Lunatic asylums in Bengal annual reports 1888-1898 - 1888-1898
Year: 1888
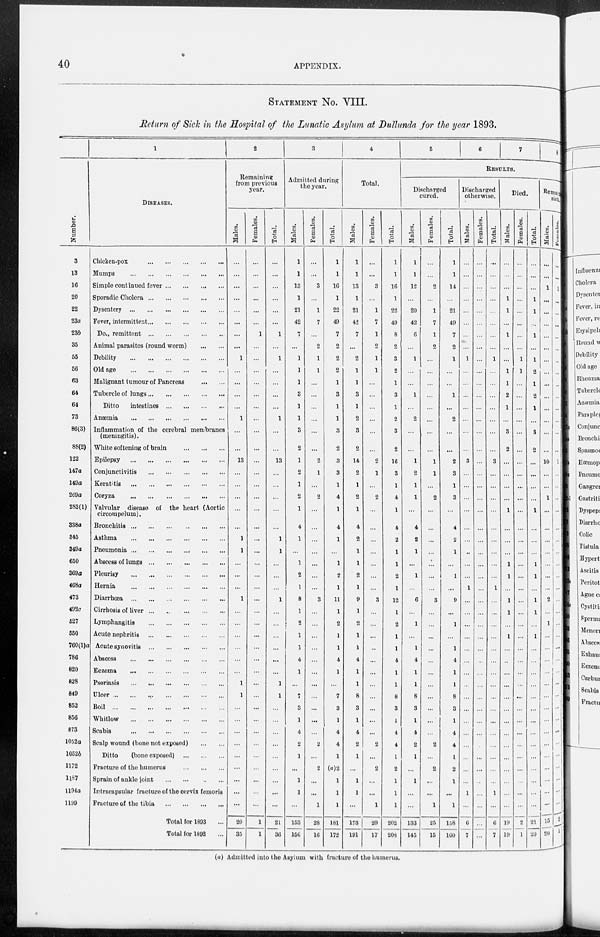
40
APPENDIX.
STATEMENT No. VIII.
Return of Sick in the Hospital of the Lunatic Asylum at Dullunda for the year 1893.
Number.
3
13
16
20
22
23a
23b
35
55
56
63
64
61
73
86(3)
88(2)
122
147a
149a
269a
283(1)
338a
845
349a
650
369a
468a
473
492c
527
550
760(l)a
786
820
828
849
852
856
873
1052a
1052b
1172
1187
1194a
1199
1
DISEASES.
Chicken-pox
...
...
...
...
...
Mumps
...
...
...
...
...
...
Simple continued fever ... ... ... ...
Sporadic Cholera
...
...
...
...
...
Dysentery
...
...
...
...
...
...
Fever, intermittent ... ... ... ... ... ...
Do., remittent ... ... ... ... ... ...
Animal parasites (round worm)
...
...
Debility
...
...
...
...
...
...
Old age
...
...
...
...
...
...
Malignant tumour of Pancreas
...
...
Tubercle of lungs
...
...
...
...
...
Ditto
intestines
...
...
...
...
Anæmia
...
...
...
...
...
...
Inflammation of the cerebral membranes
(meningitis).
White softening of brain
...
...
...
Epilepsy
...
...
...
...
...
...
Conjunctivitis ... ... ... ... ... ...
Keratitis
...
...
...
...
...
...
Coryza
...
...
...
...
...
...
Valvular disease of the heart (Aortic
circompelum).
Bronchitis
...
...
...
...
...
...
Asthma
...
...
...
...
...
...
Pneumonia
...
...
...
...
Abscess of lungs ... ... ... ... ... ...
Pleurisy ... ... ... ... ... ...
Hernia
...
...
...
...
...
...
Diarrhœa
...
...
...
...
...
...
Cirrhosis of liver
...
...
...
...
Lymphangitis
...
...
...
...
...
Acute nephritis
...
...
...
...
...
Acute synovitis
...
...
...
...
...
Abscess
...
...
...
...
...
...
Eczema
...
...
...
...
...
...
Psoriasis
...
...
...
...
...
...
Ulcer
...
...
...
...
...
...
Boil
...
...
...
...
...
...
Whitlow
...
...
...
...
...
...
Scabis
...
...
...
...
...
...
Scalp wound (bone not exposed)
...
...
Ditto
(bone exposed)
...
...
...
Fracture of the humerus
...
...
...
Sprain of ankle joint ... ... ...
Intracapsular fracture of the cervix femoris
Fracture of the tibia
...
...
...
...
Total for 1893 ...
Total for 1892 ...
2
Remaining
from previous
year.
Males.
...
...
...
...
...
...
...
...
1
...
...
...
...
1
...
...
13
...
...
...
...
...
1
1
...
...
...
1
...
...
...
...
...
...
1
1
...
...
...
...
...
...
...
...
...
20
35
Females.
...
...
...
...
...
...
1
...
...
...
...
...
...
...
...
...
...
...
...
...
...
...
...
...
...
...
...
...
...
...
...
...
...
...
...
...
...
...
...
...
...
...
...
...
1
1
Total.
...
...
...
...
...
...
1
...
1
...
...
...
...
1
...
...
13
...
...
...
...
...
1
1
...
...
...
1
...
...
...
...
...
1
1
...
...
...
...
...
...
...
...
21
36
3
Admitted during
the year.
Males.
1
1
13
1
21
42
7
...
1
1
1
3
1
1
3
2
1
2
1
2
1
4
1
...
1
2
1
8
1
2
1
1
4
1
...
7
3
1
4
2
1
...
1
1
...
153
156
Females.
...
...
3
...
1
7
...
2
1
1
...
...
...
...
...
...
2
1
...
2
...
...
...
...
...
...
...
3
...
...
...
...
...
...
...
...
...
...
...
2
...
2
...
...
1
28
16
Total.
1
1
16
1
22
49
7
2
2
2
1
3
1
1
3
2
3
3
1
4
1
4
1
1
2
1
11
1
2
1
1
4
1
...
7
3
1
4
4
1
(a)2
1
1
1
181
172
4
Total.
Males.
1
1
13
1
21
42
7
...
2
1
1
3
1
2
3
2
14
2
1
2
1
4
2
1
1
2
1
9
1
2
1
1
4
1
1
8
3
1
4
2
1
...
1
1
...
173
191
Females.
...
...
3
...
1
7
1
2
1
1
...
...
...
...
...
...
2
1
...
2
...
...
...
...
...
...
...
3
...
...
...
...
...
...
...
...
...
...
...
2
...
2
...
...
1
29
17
Total.
1
1
16
1
22
49
8
2
3
2
1
3
1
2
3
2
16
3
1
4
1
4
2
1
1
2
1
12
1
2
1
1
4
1
1
8
3
1
4
4
1
2
1
1
1
202
208
5
6
7
8
RESULTS.
Discharged
cured.
Males.
1
1
12
...
20
42
6
...
1
...
...
1
...
2
...
...
1
2
1
1
...
4
2
1
...
1
...
6
...
1
...
1
4
1
1
8
3
1
4
2
1
...
1
...
...
133
145
Females.
...
...
2
...
1
7
1
2
...
...
...
...
...
...
...
...
1
1
...
2
...
...
...
...
...
...
...
3
...
...
...
...
...
...
...
...
...
...
2
...
2
...
...
1
25
15
Total.
1
1
14
...
21
49
7
2
1
...
...
1
...
2
...
...
2
3
1
3
...
4
2
1
...
1
...
9
...
1
...
1
4
1
1
8
3
1
4
4
1
2
1
...
1
158
160
Discharged
otherwise.
Males.
...
...
...
...
...
...
...
...
1
...
...
...
...
...
...
...
3
...
...
...
...
...
...
..
...
...
1
...
...
...
...
...
...
...
...
...
...
...
...
...
...
...
...
1
...
6
7
Females.
...
...
...
...
...
...
...
...
...
...
...
...
...
...
...
...
...
...
...
...
...
...
...
...
...
...
...
...
...
...
...
...
...
...
...
...
...
...
...
...
...
...
...
...
...
...
...
Total.
...
...
...
...
...
...
...
1
...
...
...
...
...
...
...
3
...
...
...
...
...
...
...
...
...
1
...
...
...
...
...
...
...
...
...
...
...
...
...
...
...
...
1
...
6
7
Died.
Males.
...
...
...
1
1
...
1
...
...
1
1
2
1
...
3
2
...
...
...
...
1
...
...
...
1
1
...
1
1
1
...
...
...
...
...
...
...
...
...
...
...
...
...
...
19
19
Females.
...
...
...
...
...
...
...
...
1
1
...
...
...
...
...
...
...
...
...
...
...
...
...
...
...
...
...
...
...
...
...
...
...
...
...
...
...
...
...
...
...
...
...
...
...
2
1
Total.
...
...
...
1
1
1
...
1
2
1
2
1
...
3
2
...
...
...
...
1
...
...
...
1
1
...
1
1
...
1
...
...
...
...
...
...
...
...
...
...
...
...
...
...
21
20
Remaining
sick.
Males.
...
...
1
...
...
...
...
...
...
...
...
...
...
...
...
...
10
...
...
1
...
...
...
...
...
...
...
2
...
1
...
...
...
...
...
...
...
...
...
...
...
...
...
...
...
15
20
Females.
...
...
1
...
...
...
...
...
...
...
...
....
...
...
...
...
1
...
...
...
...
...
...
...
...
...
...
...
...
...
...
...
...
...
...
...
...
...
...
...
...
...
...
...
2
1
(a) Admitted into the Asylum with fracture of the humerus.